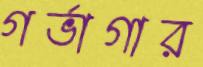
গর্ভাগার